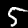
Digit: 5